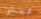
عينى